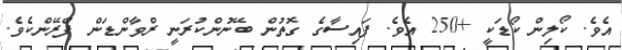
އެވެ. ކޯލިން ކޯޑަކީ +250 އެވެ. ފައިސާގެ ގޮތުން ބޭނުންކުރަނީ ރްވާންޑަން ފްރޭންކެވެ.